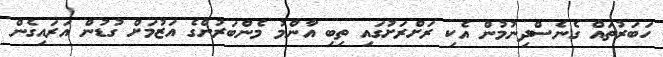
ހަބަރުތައް ގެނެސްދިނުމުން އެކި ރަށްރަށުގައި ތިބި އާންމު މެންބަރުންގެ އަޒުމަށް ގުޑުން އަރައިގެން